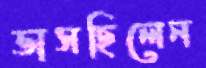
ভাসছিলেন